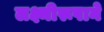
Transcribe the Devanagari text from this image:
लक्ष्मीरूपाने